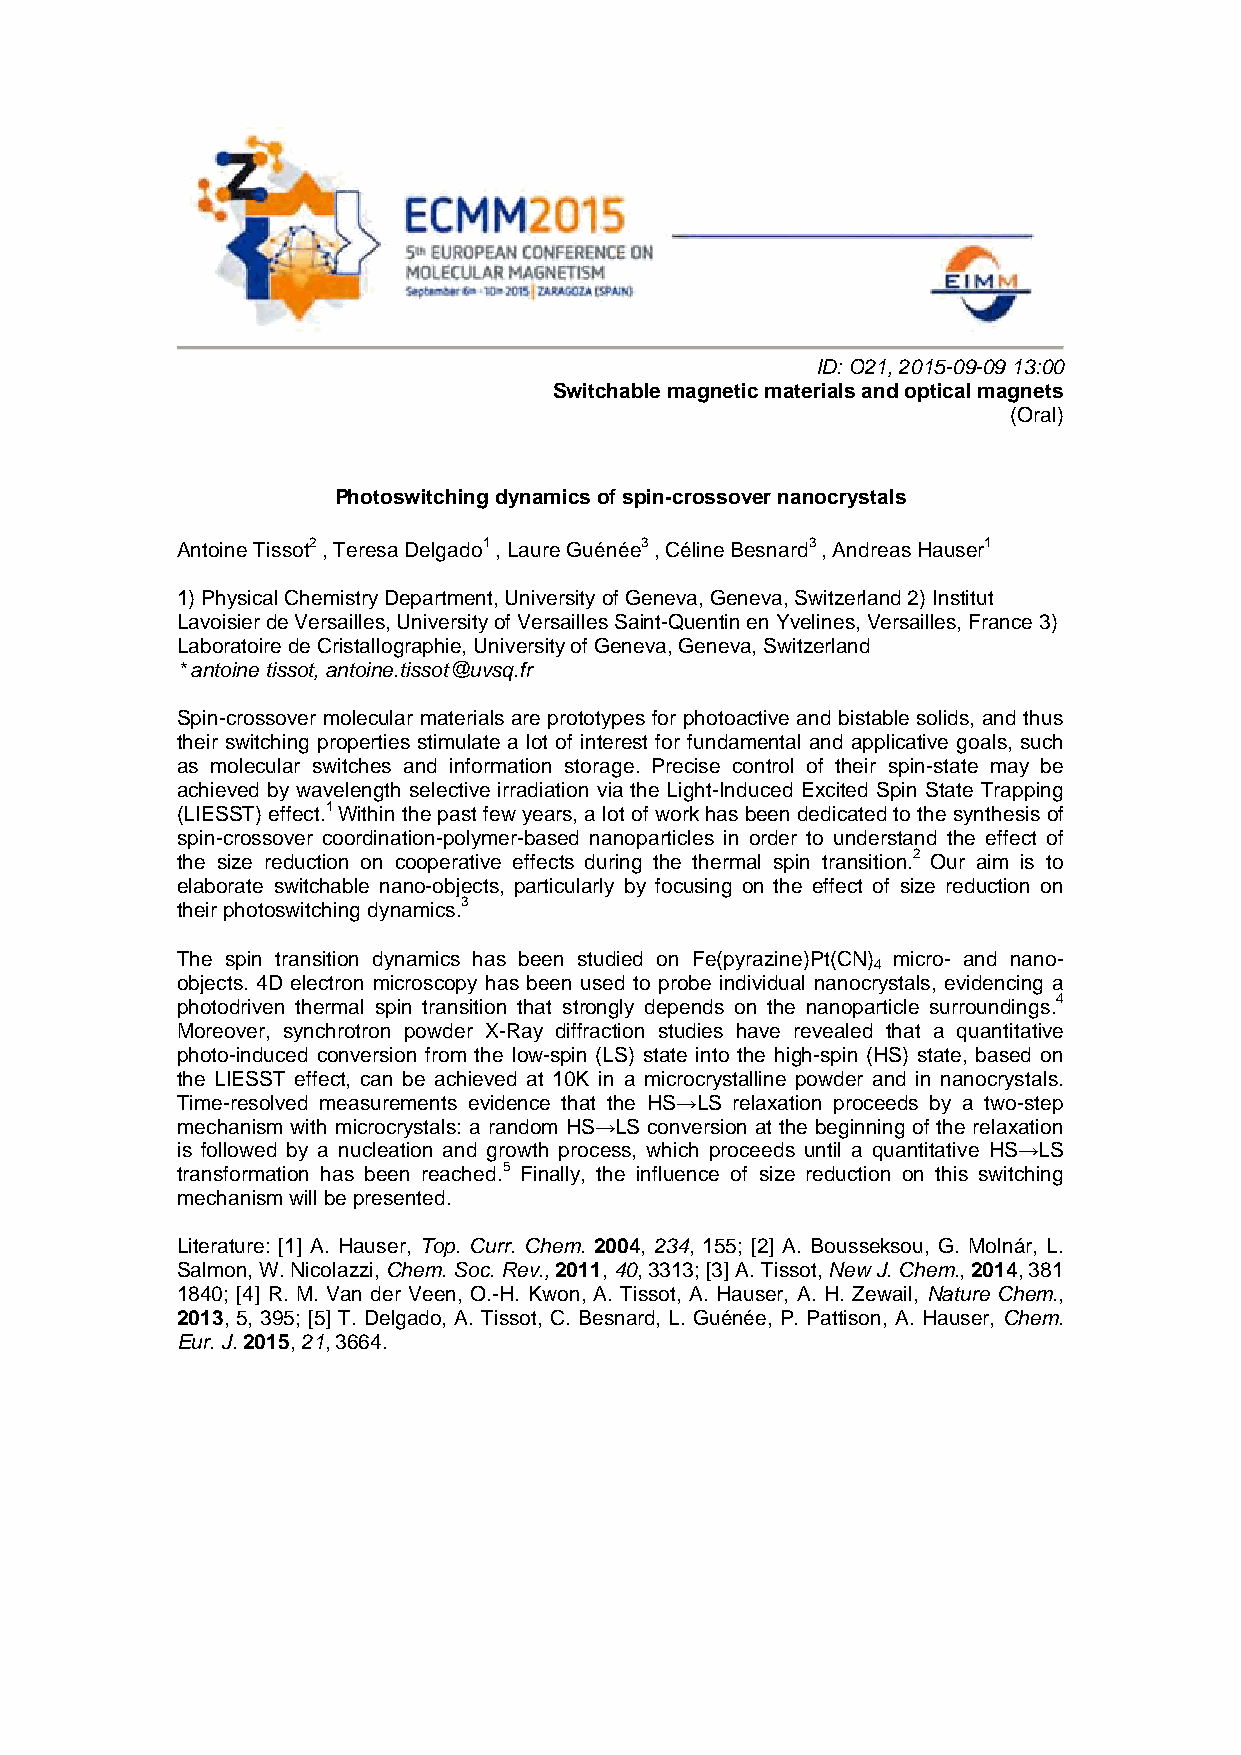
ID: O21, 2015-09-09 13:00
 Switchable magnetic materials and optical magnets
 (Oral)
 Photoswitching dynamics of spin-crossover nanocrystals
 Antoine Tissot2 , Teresa Delgado1 , Laure Guénée3 , Céline Besnard3 , Andreas Hauser1
 1) Physical Chemistry Department, University of Geneva, Geneva, Switzerland 2) Institut
 Lavoisier de Versailles, University of Versailles Saint-Quentin en Yvelines, Versailles, France 3)
 Laboratoire de Cristallographie, University of Geneva, Geneva, Switzerland
 * antoine tissot, antoine.tissot@uvsq.fr
 Spin-crossover molecular materials are prototypes for photoactive and bistable solids, and thus
 their switching properties stimulate a lot of interest for fundamental and applicative goals, such
 as molecular switches and information storage. Precise control of their spin-state may be
 achieved by wavelength selective irradiation via the Light-Induced Excited Spin State Trapping
 (LIESST) effect.1 Within the past few years, a lot of work has been dedicated to the synthesis of
 spin-crossover coordination-polymer-based nanoparticles in order to understand the effect of
 the size reduction on cooperative effects during the thermal spin transition.2 Our aim is to
 elaborate switchable nano-objects, particularly by focusing on the effect of size reduction on
 their photoswitching dynamics.3
 The spin transition dynamics has been studied on Fe(pyrazine)Pt(CN) micro- and nano-
 4
 objects. 4D electron microscopy has been used to probe individual nanocrystals, evidencing a
 photodriven thermal spin transition that strongly depends on the nanoparticle surroundings.4
 Moreover, synchrotron powder X-Ray diffraction studies have revealed that a quantitative
 photo-induced conversion from the low-spin (LS) state into the high-spin (HS) state, based on
 the LIESST effect, can be achieved at 10K in a microcrystalline powder and in nanocrystals.
 Time-resolved measurements evidence that the HS→LS relaxation proceeds by a two-step
 mechanism with microcrystals: a random HS→LS conversion at the beginning of the relaxation
 is followed by a nucleation and growth process, which proceeds until a quantitative HS→LS
 transformation has been reached.5 Finally, the influence of size reduction on this switching
 mechanism will be presented.
 Literature: [1] A. Hauser, Top. Curr. Chem. 2004, 234, 155; [2] A. Bousseksou, G. Molnár, L.
 Salmon, W. Nicolazzi, Chem. Soc. Rev., 2011, 40, 3313; [3] A. Tissot, New J. Chem., 2014, 381
 1840; [4] R. M. Van der Veen, O.-H. Kwon, A. Tissot, A. Hauser, A. H. Zewail, Nature Chem.,
 2013, 5, 395; [5] T. Delgado, A. Tissot, C. Besnard, L. Guénée, P. Pattison, A. Hauser, Chem.
 Eur. J. 2015, 21, 3664.